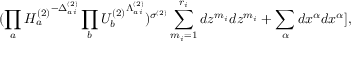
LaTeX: ( \prod _ { a } { H _ { a } ^ { ( 2 ) } } ^ { - \Delta _ { a i } ^ { ( 2 ) } } \prod _ { b } { U _ { b } ^ { ( 2 ) } } ^ { \Lambda _ { a i } ^ { ( 2 ) } } ) ^ { \sigma ^ { ( 2 ) } } \sum _ { m _ { i } = 1 } ^ { r _ { i } } d z ^ { m _ { i } } d z ^ { m _ { i } } + \sum _ { \alpha } d x ^ { \alpha } d x ^ { \alpha } ] ,